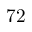
7 2